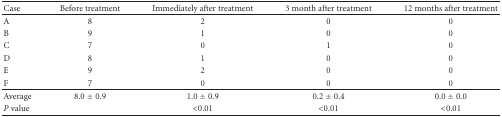
<table><thead><tr><td><b>Case</b></td><td><b>Before treatment</b></td><td><b>Immediately after treatment</b></td><td><b>3 month after treatment</b></td><td><b>12 months after treatment</b></td></tr></thead><tbody><tr><td>A</td><td>8</td><td>2</td><td>0</td><td>0</td></tr><tr><td>B</td><td>9</td><td>1</td><td>0</td><td>0</td></tr><tr><td>C</td><td>7</td><td>0</td><td>1</td><td>0</td></tr><tr><td>D</td><td>8</td><td>1</td><td>0</td><td>0</td></tr><tr><td>E</td><td>9</td><td>2</td><td>0</td><td>0</td></tr><tr><td>F</td><td>7</td><td>0</td><td>0</td><td>0</td></tr><tr><td>Average</td><td>8.0 ± 0.9</td><td>1.0 ± 0.9</td><td>0.2 ± 0.4</td><td>0.0 ± 0.0</td></tr><tr><td><i>P</i> value</td><td>[EMPTY_CELL]</td><td>&lt;0.01</td><td>&lt;0.01</td><td>&lt;0.01</td></tr></tbody></table>